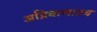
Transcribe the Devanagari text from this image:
अग्निबाणातच